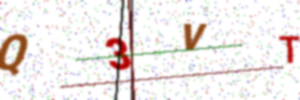
Text: Q3VT